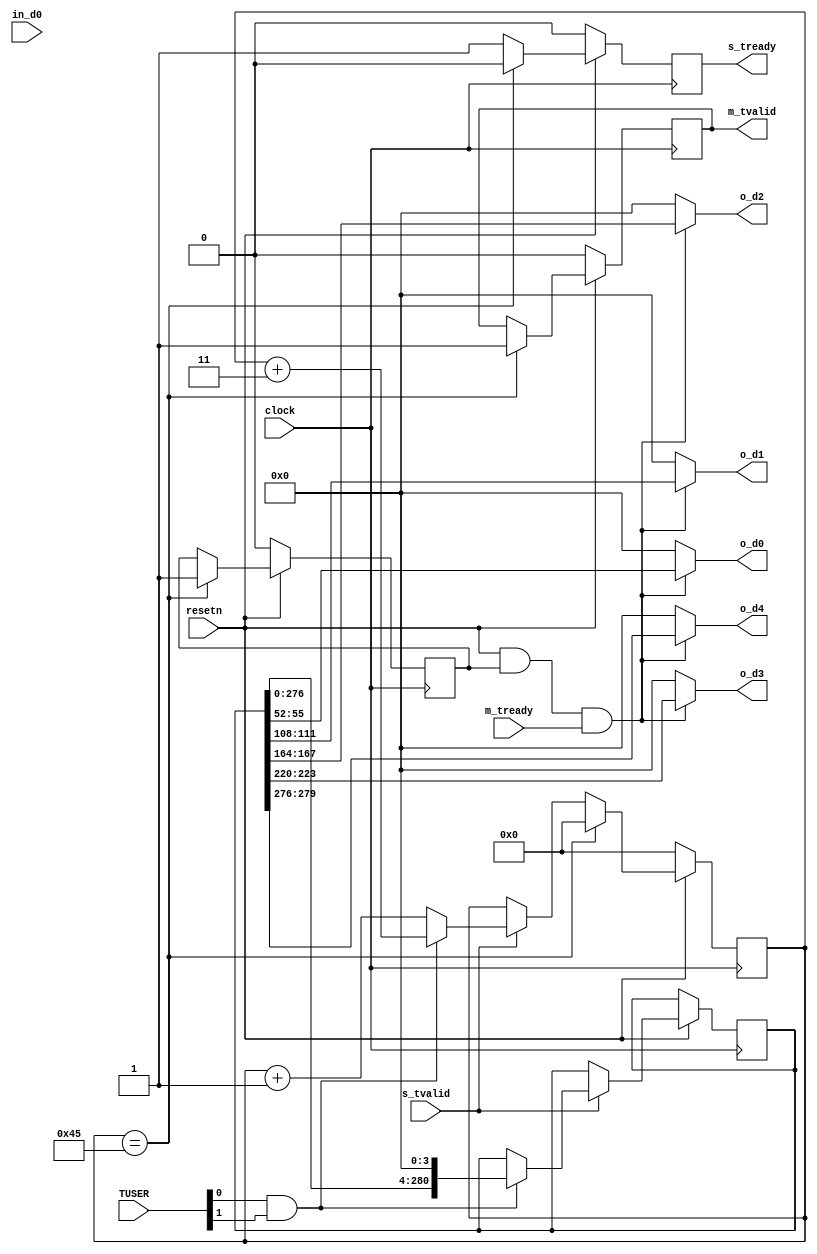
module fifo_0
#(
parameter pix_depth = 4,
parameter frame_width = 10,
parameter filter_size = 5,
parameter add_cells = (filter_size-1)/2
)
(
input clock,
input resetn,

input [1:0] TUSER,

input      s_tvalid,
output reg s_tready,
input      m_tready,
output reg m_tvalid,
 

input  [pix_depth-1:0] in_d0,
output [pix_depth-1:0]  o_d0,
output [pix_depth-1:0]  o_d1,
output [pix_depth-1:0]  o_d2,
output [pix_depth-1:0]  o_d3,
output [pix_depth-1:0]  o_d4
);

reg empty;
reg full;

reg [filter_size*pix_depth-1:0] pix_2d_buffer [frame_width + 2*add_cells - 1 : 0];


reg [((pix_depth)*5*(frame_width+2*add_cells)):0] buffer = 0;
reg [10:0] cnt = 0;

reg rd_pnt;
reg wr_pnt;


always@(posedge clock)
begin
	if(resetn == 0)
	begin
		full     <= 0;
		empty    <= 1;
		cnt      <= 0;
		s_tready <= 0;
		m_tvalid <= 0;
	end
	else
	begin
		s_tready <= 1;
		if(s_tvalid == 1)
		begin
			if(TUSER[0] == 1 && TUSER[1] == 1)
			begin
				buffer    <= buffer << pix_depth;
				empty     <= 0;
				// data assignment(frame start);
				// pointer logic;
				cnt <= cnt + 3;
			end
			else
			begin
				// pointer logic;
				// data assignment;
				empty     <= 0;
				cnt       <= cnt + 1;     
			end
		end
		
		if(cnt == 5*(frame_width+2*add_cells) - 1)
		begin
			cnt      <= 0;
			full     <= 1;
			m_tvalid <= 1;
			s_tready <= 0;
		end 
		end
end

assign o_d0 = (resetn != 0 && full == 1 && m_tready == 1)? buffer[1*pix_depth*(frame_width+2*add_cells)-1:1*pix_depth*(frame_width+2*add_cells)-pix_depth]: 0;
assign o_d1 = (resetn != 0 && full == 1 && m_tready == 1)? buffer[2*pix_depth*(frame_width+2*add_cells)-1:2*pix_depth*(frame_width+2*add_cells)-pix_depth]: 0;
assign o_d2 = (resetn != 0 && full == 1 && m_tready == 1)? buffer[3*pix_depth*(frame_width+2*add_cells)-1:3*pix_depth*(frame_width+2*add_cells)-pix_depth]: 0;
assign o_d3 = (resetn != 0 && full == 1 && m_tready == 1)? buffer[4*pix_depth*(frame_width+2*add_cells)-1:4*pix_depth*(frame_width+2*add_cells)-pix_depth]: 0;
assign o_d4 = (resetn != 0 && full == 1 && m_tready == 1)? buffer[5*pix_depth*(frame_width+2*add_cells)-1:5*pix_depth*(frame_width+2*add_cells)-pix_depth]: 0;

endmodule